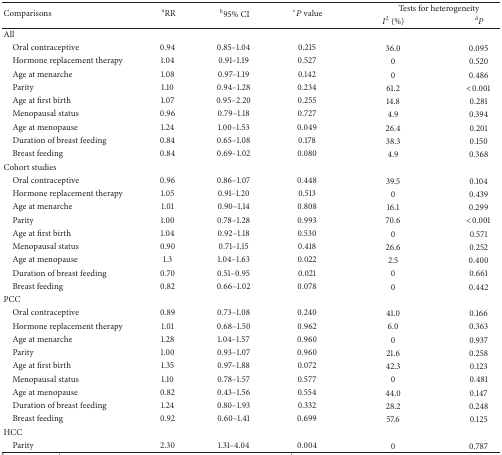
<table><thead><tr><td rowspan="2"><b>Comparisons</b></td><td rowspan="2"><b><sup>a</sup>RR</b></td><td rowspan="2"><b><sup>b</sup>95% CI</b></td><td rowspan="2"><b> <sup>c</sup><i>P</i> value</b></td><td colspan="2"><b>Tests for heterogeneity</b></td></tr><tr><td><b><i>I</i><sup>2</sup> (%)</b></td><td><b> <sup>d</sup><i>P</i></b></td></tr></thead><tbody><tr><td>All </td><td> </td><td> </td><td> </td><td> </td><td> </td></tr><tr><td> Oral contraceptive</td><td>0.94</td><td>0.85–1.04</td><td>0.215</td><td>36.0</td><td>0.095</td></tr><tr><td> Hormone replacement therapy</td><td>1.04</td><td>0.91–1.19</td><td>0.527</td><td>0</td><td>0.520</td></tr><tr><td> Age at menarche </td><td>1.08</td><td>0.97–1.19</td><td>0.142</td><td>0</td><td>0.486</td></tr><tr><td> Parity</td><td> 1.10</td><td>0.94–1.28</td><td>0.234</td><td>61.2</td><td>&lt;0.001</td></tr><tr><td> Age at first birth </td><td>1.07</td><td>0.95–2.20</td><td>0.255</td><td>14.8</td><td>0.281</td></tr><tr><td> Menopausal status </td><td>0.96</td><td>0.79–1.18</td><td>0.727</td><td>4.9</td><td>0.394</td></tr><tr><td> Age at menopause</td><td>1.24</td><td>1.00–1.53</td><td>0.049</td><td>26.4</td><td>0.201</td></tr><tr><td> Duration of breast feeding</td><td>0.84</td><td>0.65–1.08</td><td>0.178</td><td>38.3</td><td>0.150</td></tr><tr><td> Breast feeding </td><td>0.84</td><td>0.69–1.02</td><td>0.080</td><td>4.9</td><td>0.368</td></tr><tr><td>Cohort studies</td><td> </td><td> </td><td> </td><td> </td><td> </td></tr><tr><td> Oral contraceptive</td><td>0.96</td><td>0.86–1.07</td><td>0.448</td><td>39.5</td><td>0.104</td></tr><tr><td> Hormone replacement therapy</td><td>1.05</td><td>0.91–1.20</td><td>0.513</td><td>0</td><td>0.439</td></tr><tr><td> Age at menarche </td><td>1.01</td><td>0.90–1.14</td><td>0.808</td><td>16.1</td><td>0.299</td></tr><tr><td> Parity</td><td> 1.00</td><td>0.78–1.28</td><td>0.993</td><td>70.6</td><td>&lt;0.001</td></tr><tr><td> Age at first birth </td><td>1.04</td><td>0.92–1.18</td><td>0.530</td><td>0</td><td>0.571</td></tr><tr><td> Menopausal status </td><td>0.90</td><td>0.71–1.15</td><td>0.418</td><td>26.6</td><td>0.252</td></tr><tr><td> Age at menopause</td><td> 1.3</td><td>1.04–1.63</td><td>0.022</td><td>2.5</td><td>0.400</td></tr><tr><td> Duration of breast feeding </td><td>0.70</td><td>0.51–0.95</td><td>0.021</td><td>0</td><td>0.661</td></tr><tr><td> Breast feeding</td><td> 0.82</td><td>0.66–1.02</td><td>0.078</td><td>0</td><td>0.442</td></tr><tr><td>PCC</td><td> </td><td> </td><td> </td><td> </td><td> </td></tr><tr><td> Oral contraceptive</td><td> 0.89</td><td>0.73–1.08</td><td>0.240</td><td>41.0</td><td>0.166</td></tr><tr><td> Hormone replacement therapy </td><td>1.01</td><td>0.68–1.50</td><td>0.962</td><td>6.0</td><td>0.363</td></tr><tr><td> Age at menarche </td><td> 1.28</td><td>1.04–1.57</td><td>0.960</td><td>0</td><td>0.937</td></tr><tr><td> Parity</td><td> 1.00</td><td>0.93–1.07</td><td>0.960</td><td>21.6</td><td>0.258</td></tr><tr><td> Age at first birth </td><td> 1.35</td><td>0.97–1.88</td><td>0.072</td><td>42.3</td><td>0.123</td></tr><tr><td> Menopausal status </td><td> 1.10</td><td>0.78–1.57</td><td>0.577</td><td>0</td><td>0.481</td></tr><tr><td> Age at menopause</td><td> 0.82</td><td>0.43–1.56</td><td>0.554</td><td>44.0</td><td>0.147</td></tr><tr><td> Duration of breast feeding </td><td>1.24</td><td>0.80–1.93</td><td>0.332</td><td>28.2</td><td>0.248</td></tr><tr><td> Breast feeding</td><td> 0.92</td><td>0.60–1.41</td><td>0.699</td><td>57.6</td><td>0.125</td></tr><tr><td>HCC</td><td> </td><td> </td><td> </td><td> </td><td> </td></tr><tr><td> Parity</td><td> 2.30</td><td>1.31–4.04</td><td>0.004</td><td>0</td><td>0.787</td></tr></tbody></table>